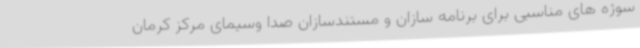
سوژه های مناسبی برای برنامه سازان و مستندسازان صدا وسیمای مرکز کرمان